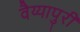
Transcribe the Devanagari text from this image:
वैय्यापुरी